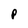
Character: P